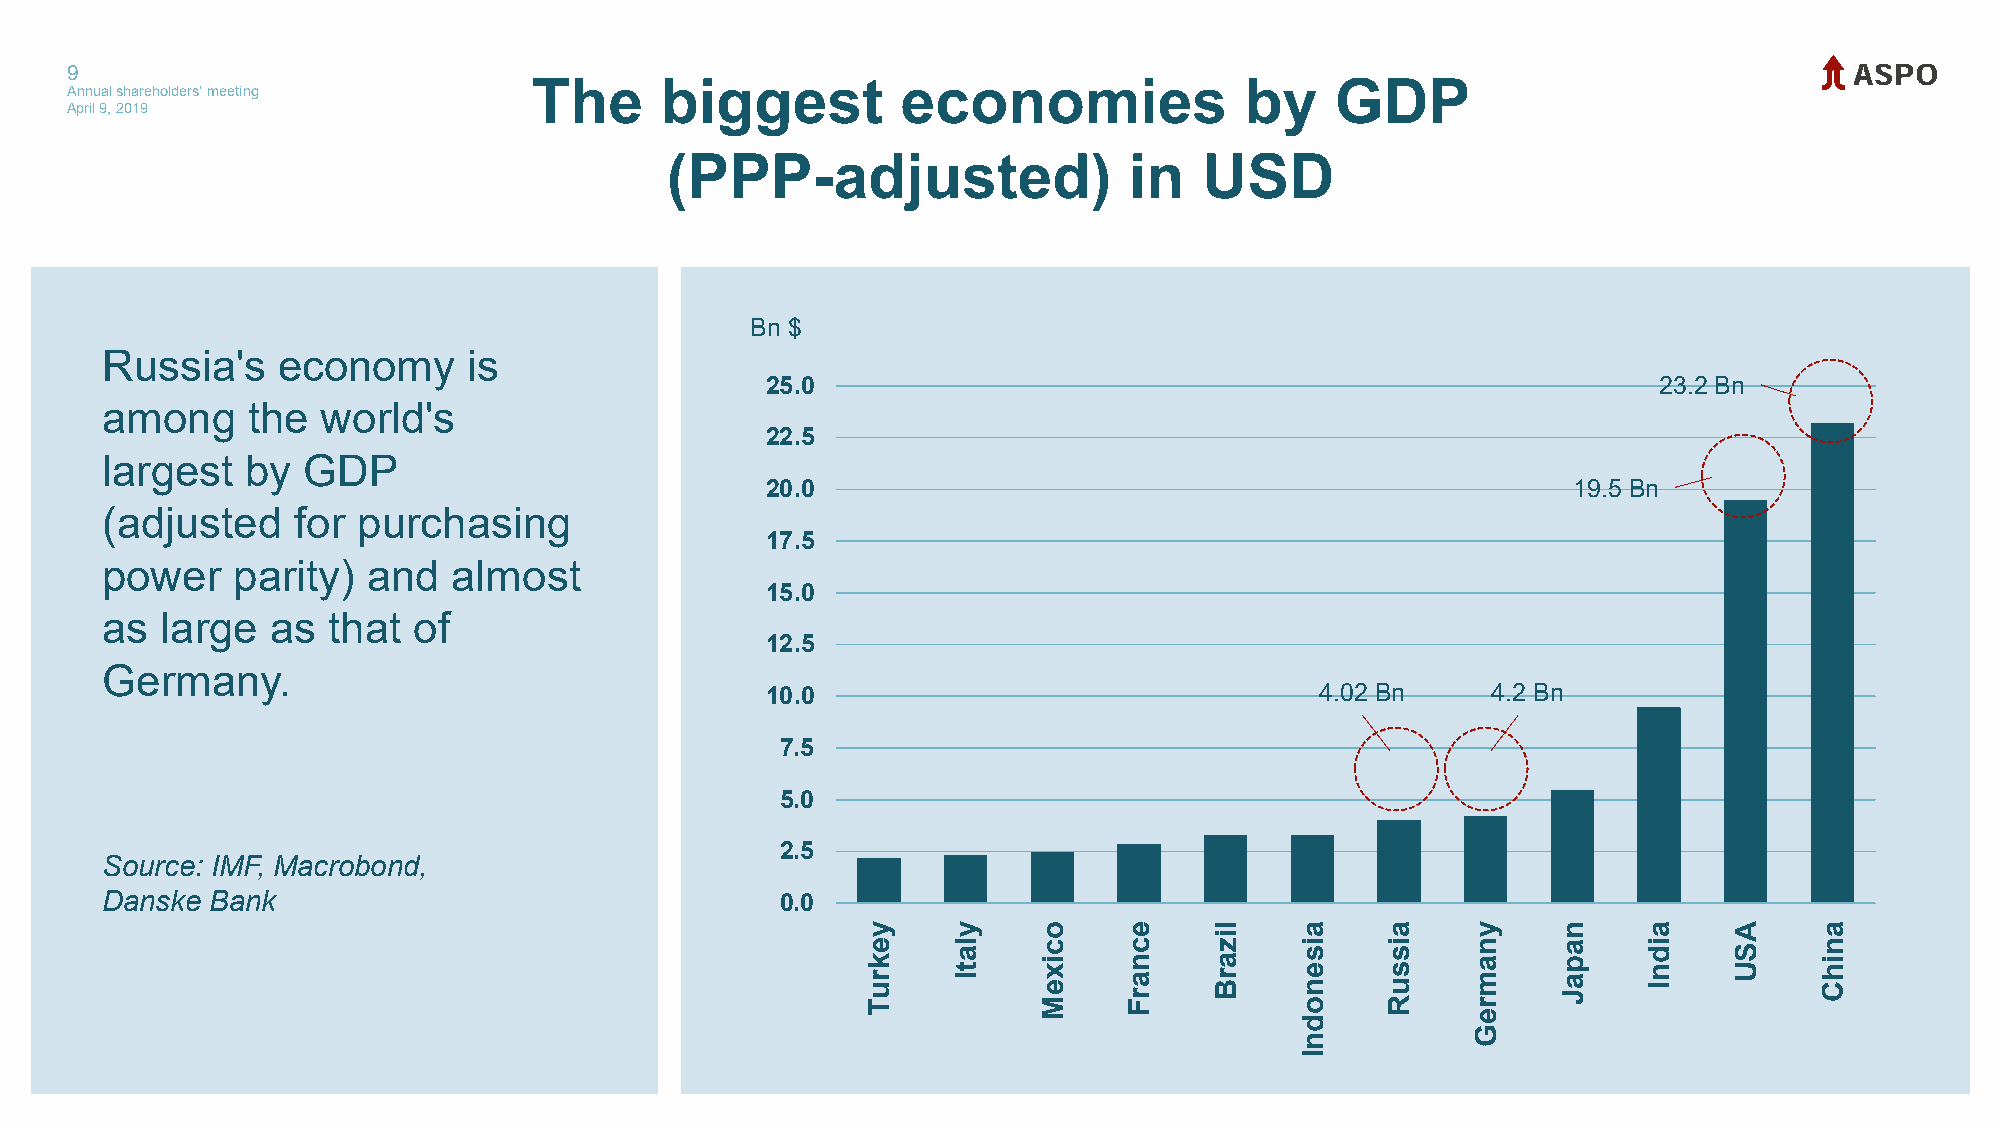
9
 Annual shareholders' meeting   The      biggest         economies             by    GDP
 April 9, 2019
 (PPP-adjusted)                 in   USD
 Bn $
 Russia's   economy      is
 25.0                                                       23.2 Bn
 among    the  world's
 22.5
 largest  by  GDP
 20.0                                                 19.5 Bn
 (adjusted   for  purchasing
 17.5
 power   parity)  and   almost
 15.0
 as  large  as  that of
 12.5
 Germany.
 10.0                                4.02 Bn     4.2 Bn
 7.5
 5.0
 2.5
 Source: IMF, Macrobond,
 Danske Bank                                  0.0
 yekruT ylatI ocixeM ecnarF lizarB aisenodnI aissuR ynamreG napaJ aidnI ASU anihC